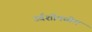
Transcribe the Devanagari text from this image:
उर्वशीमधील